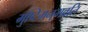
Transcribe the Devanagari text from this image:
मुष्टिमनुभवति